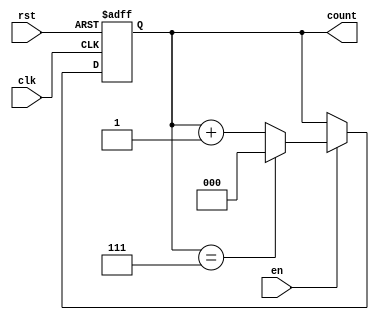
module modulus_counter #(
    parameter N = 8  // Default modulus value (can be overridden)
)(
    input wire clk,     // Clock signal
    input wire rst,     // Asynchronous reset signal
    input wire en,      // Enable signal
    output reg [$clog2(N)-1:0] count // Count output
);

    // Always block triggered on the rising edge of the clock
    always @(posedge clk or posedge rst) begin
        if (rst) begin
            // Reset the counter to 0
            count <= 0;
        end else if (en) begin
            // Increment the counter if enabled
            if (count == N-1) begin
                count <= 0; // Wrap around if count reaches N
            end else begin
                count <= count + 1; // Increment count
            end
        end
    end

endmodule